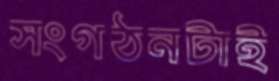
সংগঠনটাই